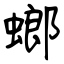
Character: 螂